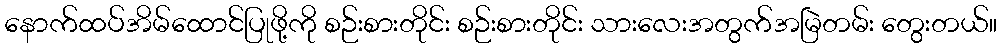
နောက်ထပ်အိမ်ထောင်ပြုဖို့ကို စဉ်းစားတိုင်း စဉ်းစားတိုင်း သားလေးအတွက်အမြဲတမ်း တွေးတယ်။